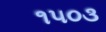
૧૫૦૩